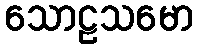
သောဠသမော